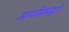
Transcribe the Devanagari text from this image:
आयसिसद्वारे